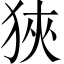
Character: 狹